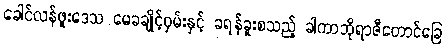
ခေါင်လန်ဖူးဒေသ မေခချိုင့်ဝှမ်းနှင့် ခရန်ခူးစသည့် ခါကာဘိုရာဇီတောင်ခြေ